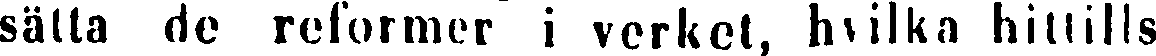
sätta de reformer i verket, hvilka hittills